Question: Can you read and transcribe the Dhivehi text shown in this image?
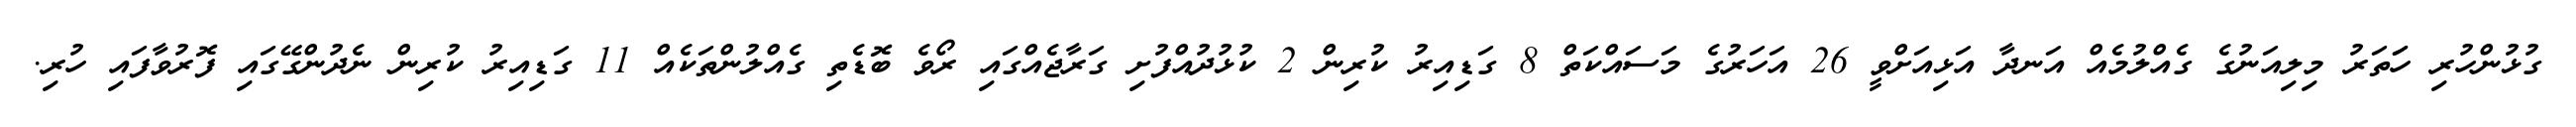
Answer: ގުޅުންހުރި ހަަތަރު މިލިއަނުގެ ގެއްލުމެއް އަނދާ އަޅިއަށްވީ 26 އަހަރުގެ މަސައްކަތް 8 ގަޑިއިރު ކުރިން 2 ކުޅުދުއްފުށި ގަރާޖެއްގައި ރޯވެ ބޮޑެތި ގެއްލުންތަކެއް 11 ގަޑިއިރު ކުރިން ނެދުންގޭގައި ފޮރުވާފައި ހުރި.